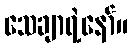
သေချာရဲ့နော်။